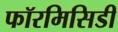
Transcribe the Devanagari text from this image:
फॉरमिसिडी